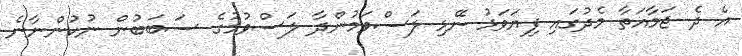
އެ ދެ ޖަމާއަތާ މެދުގައި ފިޔަވަޅު ނޭޅި ލަސްވަމުންދާ ލަސްވުމުގެ ސަބަބުން ނުކުންނާނެ